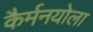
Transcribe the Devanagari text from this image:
कैर्मनयोला